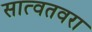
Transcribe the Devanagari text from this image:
सात्वतवरा